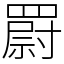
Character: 罻